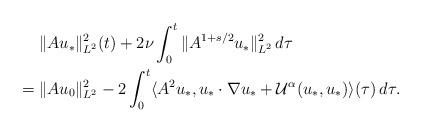
LaTeX: \begin{align*} &\;\|Au_*\|_{L^2}^2(t) + 2\nu\int_0^t \|A^{1+s/2}u_*\|_{L^2}^2\,d\tau\\= &\;\|Au_0\|_{L^2}^2 - 2\int_0^t \langle A^2 u_*, u_*\cdot \nabla u_*+\mathcal{U}^\alpha(u_*,u_*)\rangle(\tau)\,d\tau.\end{align*}